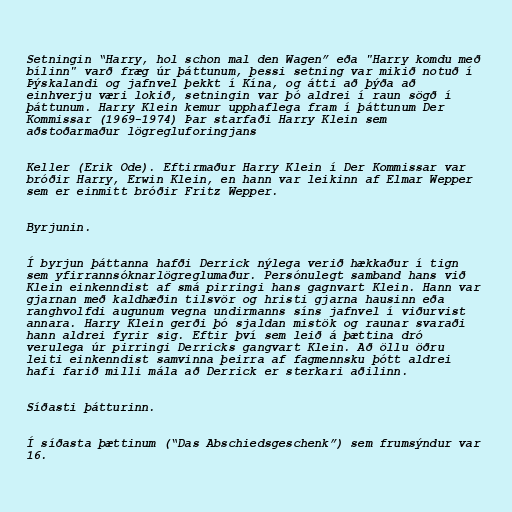
Setningin “Harry, hol schon mal den Wagen” eða "Harry komdu með
bílinn" varð fræg úr þáttunum, þessi setning var mikið notuð í
Þýskalandi og jafnvel þekkt í Kína, og átti að þýða að
einhverju væri lokið, setningin var þó aldrei í raun sögð í
þáttunum. Harry Klein kemur upphaflega fram í þáttunum Der
Kommissar (1969-1974) Þar starfaði Harry Klein sem
aðstoðarmaður lögregluforingjans

Keller (Erik Ode). Eftirmaður Harry Klein í Der Kommissar var
bróðir Harry, Erwin Klein, en hann var leikinn af Elmar Wepper
sem er einmitt bróðir Fritz Wepper.

Byrjunin.

Í byrjun þáttanna hafði Derrick nýlega verið hækkaður í tign
sem yfirrannsóknarlögreglumaður. Persónulegt samband hans við
Klein einkenndist af smá pirringi hans gagnvart Klein. Hann var
gjarnan með kaldhæðin tilsvör og hristi gjarna hausinn eða
ranghvolfdi augunum vegna undirmanns síns jafnvel í viðurvist
annara. Harry Klein gerði þó sjaldan mistök og raunar svaraði
hann aldrei fyrir sig. Eftir því sem leið á þættina dró
verulega úr pirringi Derricks gangvart Klein. Að öllu öðru
leiti einkenndist samvinna þeirra af fagmennsku þótt aldrei
hafi farið milli mála að Derrick er sterkari aðilinn.

Síðasti þátturinn.

Í síðasta þættinum (“Das Abschiedsgeschenk”) sem frumsýndur var
16.